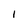
Character: 1